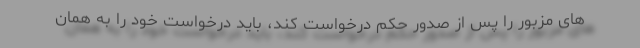
های مزبور را پس از صدور حکم درخواست کند، باید درخواست خود را به همان